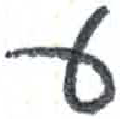
אות: ע